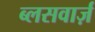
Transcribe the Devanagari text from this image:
ब्लसवार्ज़